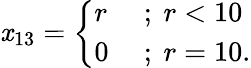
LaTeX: \mathit{x}_{13}={\left\{ \begin{array}{ll}{r}&{{\mathrm{~;~}}r<10}\\ {0}&{{\mathrm{~;~}}r=10.}\end{array}\right.}